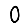
Digit: 0